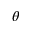
\theta